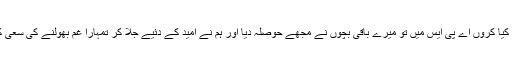
اب کیا کروں اے پی ایس میں تو میرے باقی بچوں نے مجھے حوصلہ دیا اور ہم نے امید کے دئیے جلا کر تمہارا غم بھولنے کی سعی کی۔